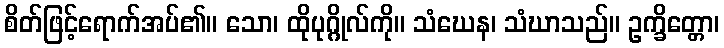
စိတ်ဖြင့်ရောက်အပ်၏။ သော၊ ထိုပုဂ္ဂိုလ်ကို။ သံဃေန၊ သံဃာသည်။ ဥက္ခိတ္တော၊